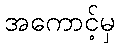
အကောင့်မှ